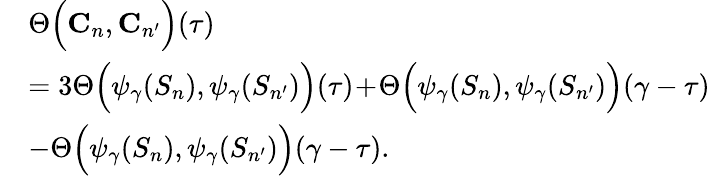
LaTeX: \begin{array}{rl}&{\Theta\Big(\mathbf{C}_{n},\mathbf{C}_{n^{\prime}}\Big)(\tau)}\\ &{=3\Theta\Big(\psi_{\gamma}(S_{n}),\psi_{\gamma}(S_{n^{\prime}})\Big)(\tau)\! +\! \Theta\Big(\psi_{\gamma}(S_{n}),\psi_{\gamma}(S_{n^{\prime}})\Big)(\gamma-\tau)}\\ &{-\Theta\Big(\psi_{\gamma}(S_{n}),\psi_{\gamma}(S_{n^{\prime}})\Big)(\gamma-\tau).}\end{array}